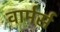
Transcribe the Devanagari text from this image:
वार्मर्स